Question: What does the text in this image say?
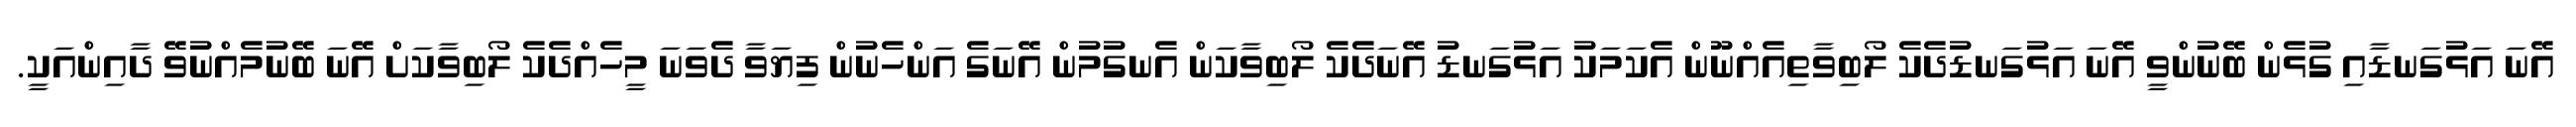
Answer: އޭނަ އަޅުގަނޑާއި ގުޅެން ބޭނުންވީ އޭނަ އަޅުގަނޑުދެކެ ލޯބިވާތިއެއްނޫން އެކަމަކު އަޅުގަނޑު އޭނަދެކެ ލޯބިވާކަން އެނގުމުން އޭނަގެ އަންހެނުން ފިޔަވާ ދެވަނަ މީހެއްދެކެ ލޯބިވާކަށް އޭނަ ބޭނުމެއްނުވޭ ދާއިންއަކީ.